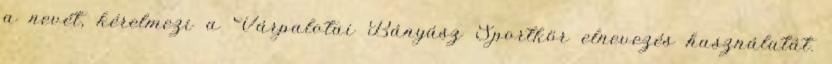
a nevét, kérelmezi a Várpalotai Bányász Sportkör elnevezés használatát.